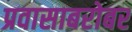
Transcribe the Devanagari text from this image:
प्रवासाबरोबर